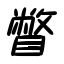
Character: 瞥